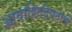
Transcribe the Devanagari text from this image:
आवाहितदेवतांचें